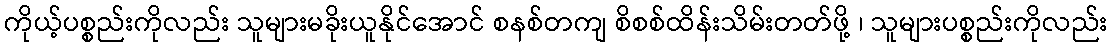
ကိုယ့်ပစ္စည်းကိုလည်း သူများမခိုးယူနိုင်အောင် စနစ်တကျ စိစစ်ထိန်းသိမ်းတတ်ဖို့ ၊ သူများပစ္စည်းကိုလည်း